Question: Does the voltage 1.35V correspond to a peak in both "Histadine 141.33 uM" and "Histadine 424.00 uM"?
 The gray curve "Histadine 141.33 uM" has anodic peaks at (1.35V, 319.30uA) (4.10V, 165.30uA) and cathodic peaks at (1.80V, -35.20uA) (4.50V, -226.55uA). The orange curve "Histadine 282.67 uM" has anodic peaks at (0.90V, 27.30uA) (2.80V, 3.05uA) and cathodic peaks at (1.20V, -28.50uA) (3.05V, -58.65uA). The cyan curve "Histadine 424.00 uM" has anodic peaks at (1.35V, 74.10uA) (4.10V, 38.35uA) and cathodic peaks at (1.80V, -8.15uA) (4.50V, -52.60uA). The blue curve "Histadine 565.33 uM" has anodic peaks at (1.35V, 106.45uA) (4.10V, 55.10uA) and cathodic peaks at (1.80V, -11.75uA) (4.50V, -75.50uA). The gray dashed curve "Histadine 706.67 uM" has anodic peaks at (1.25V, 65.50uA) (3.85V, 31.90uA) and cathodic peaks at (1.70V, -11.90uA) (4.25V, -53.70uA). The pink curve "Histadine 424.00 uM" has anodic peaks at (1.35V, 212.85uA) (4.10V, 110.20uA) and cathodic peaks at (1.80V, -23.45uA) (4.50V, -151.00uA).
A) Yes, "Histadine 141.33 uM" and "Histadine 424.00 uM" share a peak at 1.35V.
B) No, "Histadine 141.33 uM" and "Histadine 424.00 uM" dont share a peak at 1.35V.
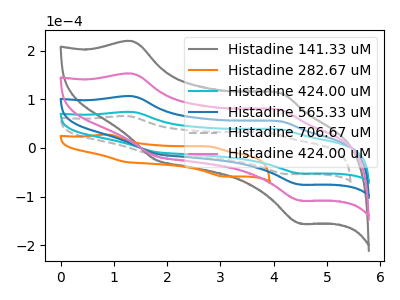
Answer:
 <answer>A) Yes, "Histadine 141.33 uM" and "Histadine 424.00 uM" share a peak at 1.35V.</answer>
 <eval>A</eval>